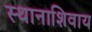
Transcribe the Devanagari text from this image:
स्थानाशिवाय